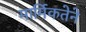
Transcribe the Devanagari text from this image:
मार्मिकतेने